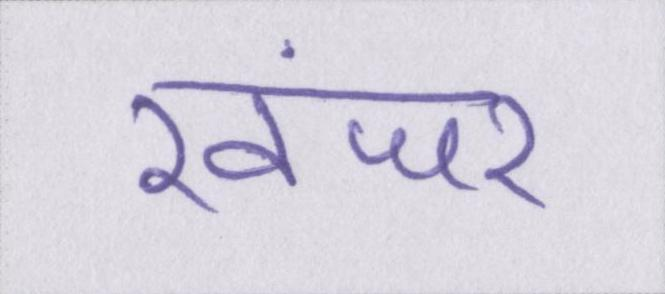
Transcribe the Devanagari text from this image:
खंजर